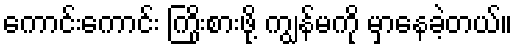
ကောင်းကောင်း ကြိုးစားဖို့ ကျွန်မကို မှာနေခဲ့တယ်။